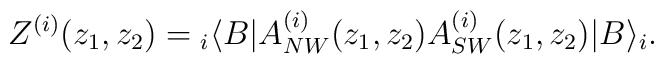
Z^{(i)}(z_1 , z_2 )={}_i\langle B|A^{(i)}_{NW}(z_1 , z_2 )A^{(i)}_{SW}(z_1 , z_2 )|B\rangle_i .